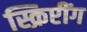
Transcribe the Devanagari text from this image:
स्क्रिप्टींग